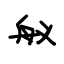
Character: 舣